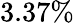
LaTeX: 3.37\%